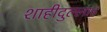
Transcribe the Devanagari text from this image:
शाहीदुल्लाह